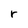
Character: r